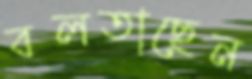
বলতাছেন